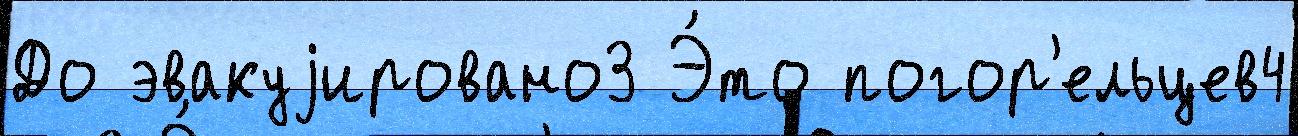
До эвакуjировано3 Э́то погор'ельцев4